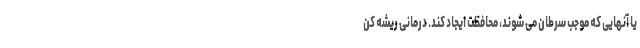
یا آنهایی که موجب سرطان می شوند، محافظت ایجاد کند. درمانی ریشه کن